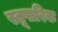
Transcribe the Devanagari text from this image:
स्तूपारिक